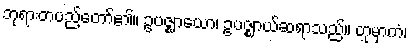
ဘုရားတပည့်တော်၏။ ဥပဇ္ဈာယော၊ ဥပဇ္ဈာယ်ဆရာသည်။ တုမှာကံ၊